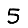
Digit: 5